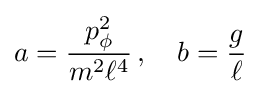
a={\frac {p_{\phi }^{2}}{m^{2}\ell ^{4}}}\,,\quad b={\frac {g}{\ell }}